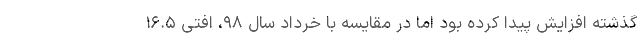
گذشته افزایش پیدا کرده بود اما در مقایسه با خرداد سال ۹۸، افتی ۱۶.۵